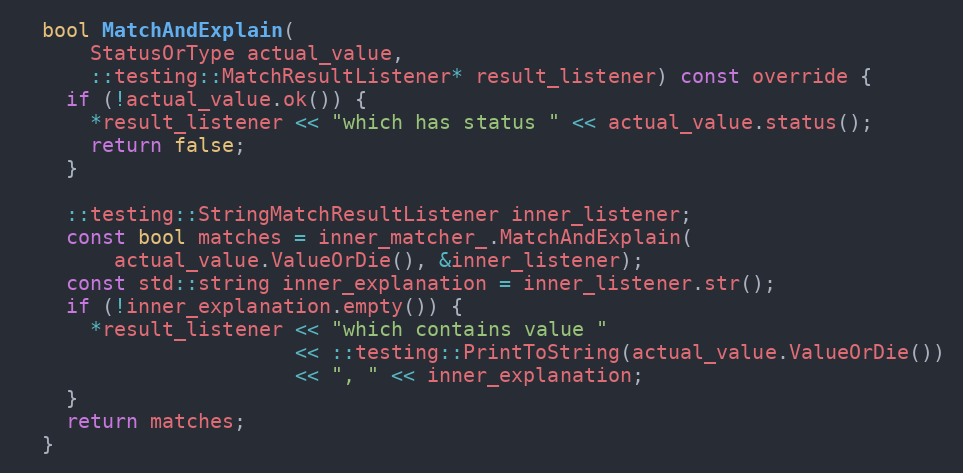
Language: C
  bool MatchAndExplain(
      StatusOrType actual_value,
      ::testing::MatchResultListener* result_listener) const override {
    if (!actual_value.ok()) {
      *result_listener << "which has status " << actual_value.status();
      return false;
    }

    ::testing::StringMatchResultListener inner_listener;
    const bool matches = inner_matcher_.MatchAndExplain(
        actual_value.ValueOrDie(), &inner_listener);
    const std::string inner_explanation = inner_listener.str();
    if (!inner_explanation.empty()) {
      *result_listener << "which contains value "
                       << ::testing::PrintToString(actual_value.ValueOrDie())
                       << ", " << inner_explanation;
    }
    return matches;
  }